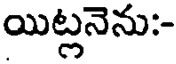
యిట్లనెను:-